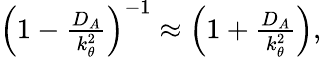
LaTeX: \begin{array}{r}{\left(1-\frac{D_{A}}{k_{\theta}^{2}}\right)^{-1}\approx\left(1+\frac{D_{A}}{k_{\theta}^{2}}\right),}\end{array}